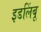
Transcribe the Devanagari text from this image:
इडलिंबू